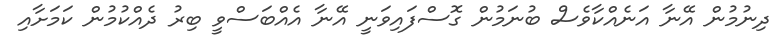
ދިނުމުން އޭނާ އަނެއްކާވެސް ބުނަމުން ގޮސްފައިވަނީ އޭނާ އެއްބަސްވީ ބިރު ދެއްކުމުން ކަމަށާއި